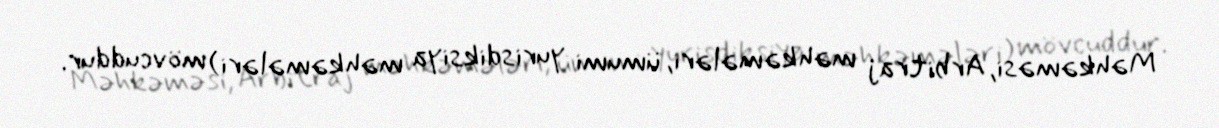
Məhkəməsi, Arbitraj məhkəmələri, ümumi yurisdiksiya məhkəmələri) mövcuddur.